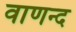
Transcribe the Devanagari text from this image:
वाणन्द